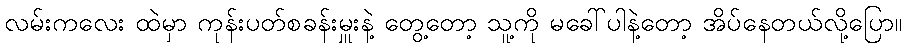
လမ်းကလေး ထဲမှာ ကုန်းပတ်စခန်းမှူးနဲ့ တွေ့တော့ သူ့ကို မခေါ်ပါနဲ့တော့ အိပ်နေတယ်လို့ပြော။